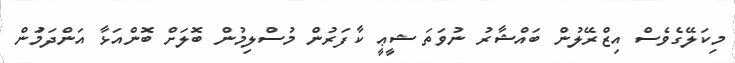
މިކަލޭގެވެސް އިޒްރޭލުން ބައްޝާރު ނުވަތަ ޝީޢީ ކާފަރުން މުސްލިމުން ބޮލަށް ބޮންއަޅާ އަންދަމަުން